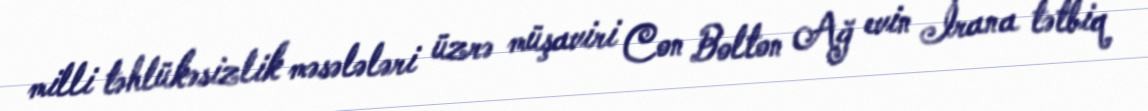
milli təhlükəsizlik məsələləri üzrə müşaviri Con Bolton Ağ evin İrana tətbiq